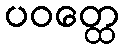
ပဝတ္ထေ